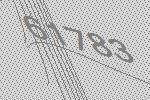
61783